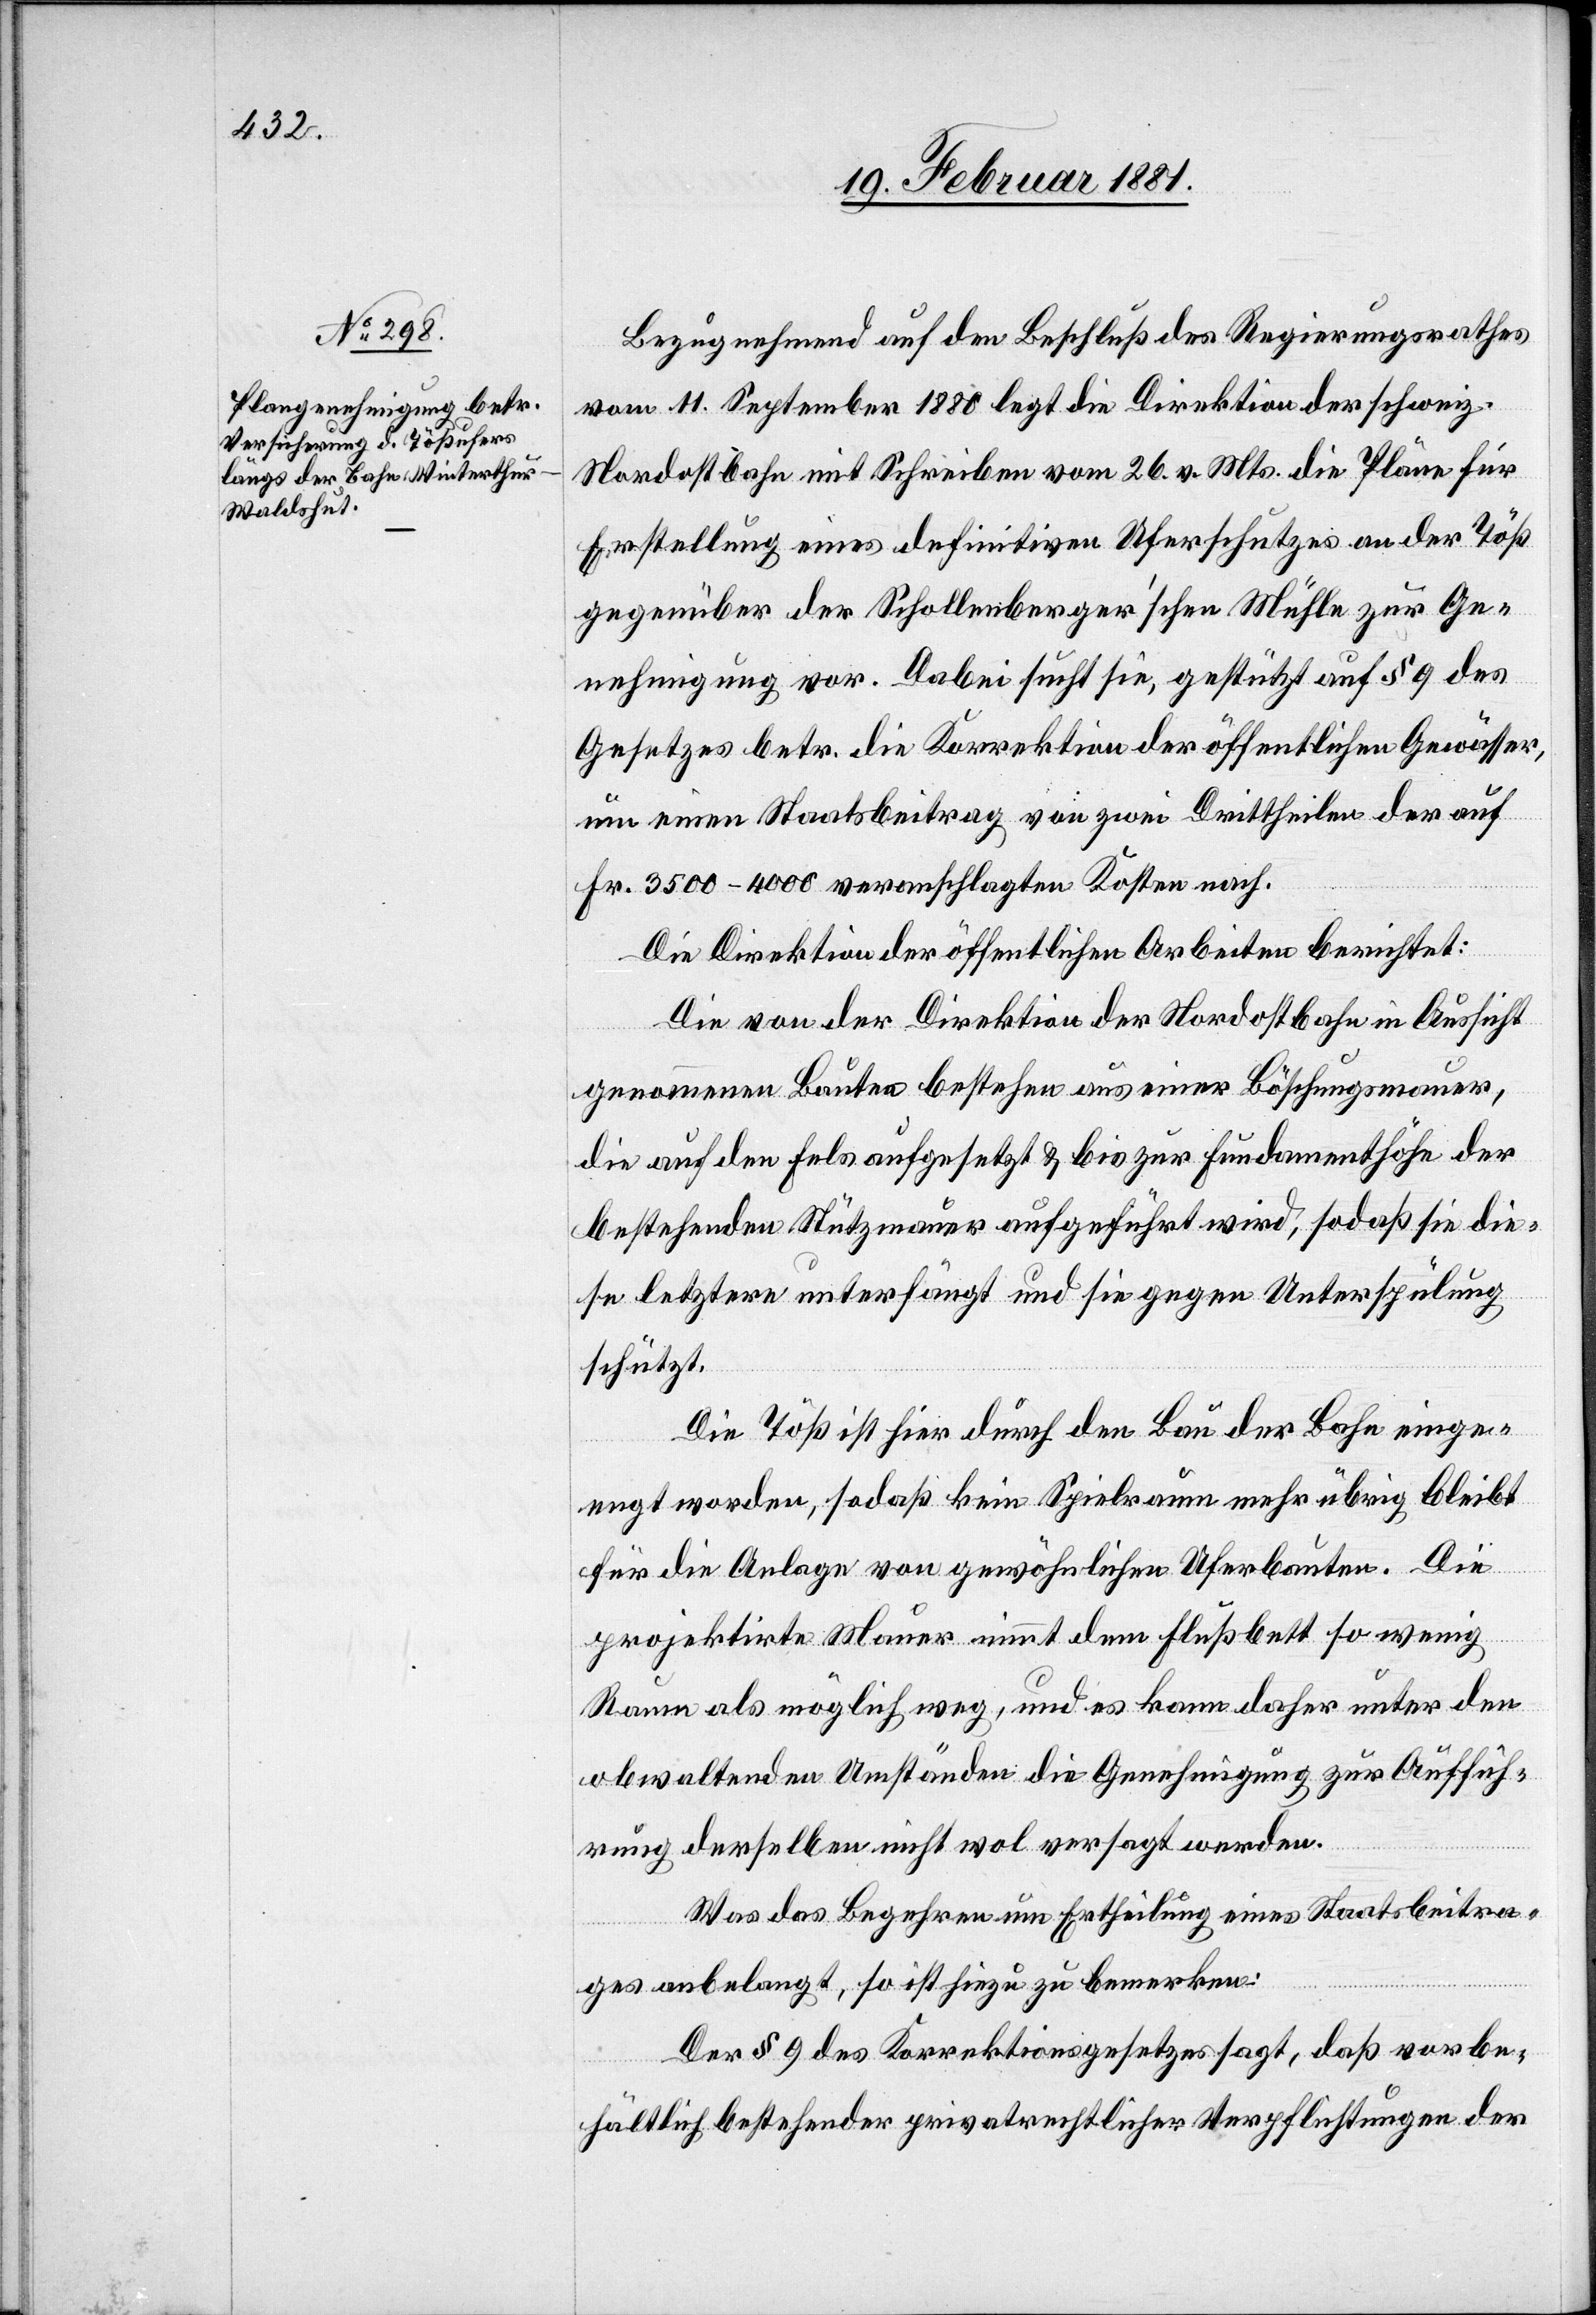
Bezugnehmend auf den Beschluß des Regierungsrathes
vom 11. September 1880 legt die Direktion der schweiz.
Nordostbahn mit Schreiben vom 26. v. Mts. die Pläne für
Erstellung eines definitiven Uferschutzes an der Töß
gegenüber der Schollenberger’schen Mühle zur Ge¬
nehmigung vor. Dabei sucht sie, gestützt auf § 9 des
Gesetzes betr. die Korrektion der öffentlichen Gewässer,
um einen Staatsbeitrag von zwei Drittheilen der auf
Fr. 3500–4000 veranschlagten Kosten nach.
Die Direktion der öffentlichen Arbeiten berichtet:
Die von der Direktion der Nordostbahn in Aussicht
genommenen Bauten bestehen aus einer Böschungsmauer,
die auf den Fels aufgesetzt & bis zur Fundamenthöhe der
bestehenden Stützmauer aufgeführt wird, so daß die¬
s letztere unterhält und sie gegen Unterspülung
schützt.
Die Töß ist hier durch den Bau der Bahn einge¬
engt worden, sodaß kein Spezialkran mehr übrig bleibt
für die Anlage von gewöhnlichen Uferbauten. Die
projektirte Mauer nimmt dem Flußbett so wenig
Raum als möglich weg, und es kann daher unter den
obwaltenden Umständen die Genehmigung zur Auffüh¬
rung derselben nicht wol versorgt werden.
Was das Begehren um Ertheilung eines Staatsbeitra¬
ges anbelangt, so ist hiezu zu bemerken:
Der § 9 des Korrektionsgesetzes sagt, daß vorbe¬
hältlich berstender privatrechtlicher Verpflichtungen der